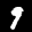
Label: 9